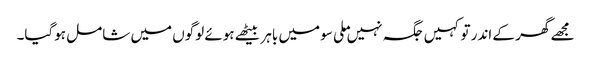
مجھے گھر کے اندر تو کہیں جگہ نہیں ملی سو میں باہر بیٹھے ہوئے لوگوں میں شامل ہوگیا۔